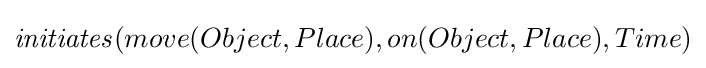
{\mathit {initiates}}(move(Object,Place),on(Object,Place),Time)